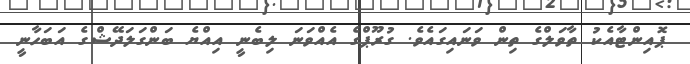
ޕޮއިންޓާއެކު ތާވަލްގެ ތިން ވަނަައިގައެވެ. ގުރޫޕްގެ އެއްވަނަ ލިބެނީ އިއްޔެ ބަންގަލަދޭޝްގެ އަބަހާނީ